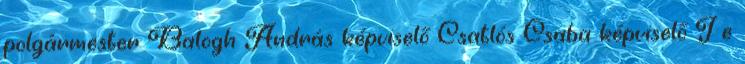
polgármester Balogh András képviselő Csatlós Csaba képviselő J e